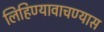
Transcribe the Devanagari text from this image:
लिहिण्यावाचण्यास